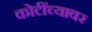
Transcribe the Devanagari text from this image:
कोटींच्यावर